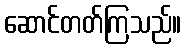
ဆောင်တတ်ကြသည်။